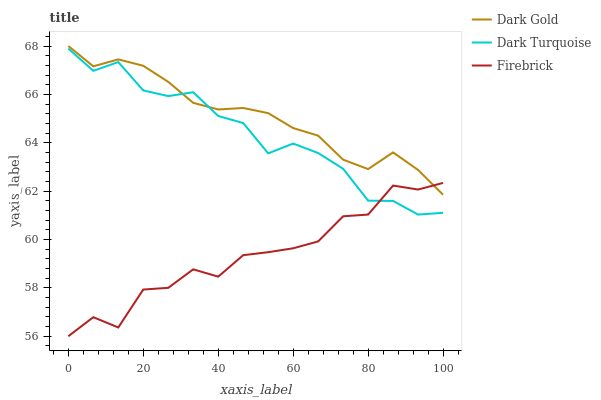
| xaxis_label | Dark Gold | Dark Turquoise | Firebrick |
 | --- | --- | --- | --- |
 | 0 | 68 | 67.9 | 56 |
 | 6.67 | 67.2 | 67 | 56.8 |
 | 13.3 | 67.4 | 67.3 | 56.4 |
 | 20 | 67.2 | 66.2 | 57.9 |
 | 26.7 | 66.5 | 65.9 | 58 |
 | 33.3 | 65.7 | 66.1 | 58.8 |
 | 40 | 65.4 | 65.1 | 58.5 |
 | 46.7 | 65.4 | 64.8 | 59.4 |
 | 53.3 | 65.2 | 63.6 | 59.5 |
 | 60 | 64.6 | 64 | 59.6 |
 | 66.7 | 64.3 | 63.6 | 59.9 |
 | 73.3 | 63.3 | 62.9 | 61 |
 | 80 | 62.9 | 61.6 | 61 |
 | 86.7 | 63.6 | 61.6 | 62.2 |
 | 93.3 | 62.9 | 61 | 62.1 |
 | 100 | 61.9 | 61.1 | 62.3 |